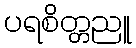
ပရစိတ္တညူ